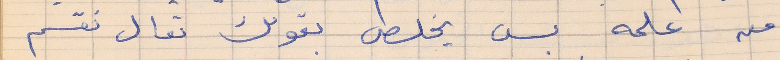
من علمه بس يخلص بقولك تعال نقسم